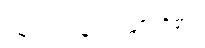
မျောက်ကလေး မျိုး ရှိ၏။